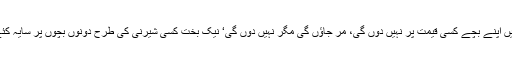
’نہیں میں اپنے بچے کسی قیمت پر نہیں دوں گی، مر جاؤں گی مگر نہیں دوں گی‘ نیک بخت کسی شیرنی کی طرح دونوں بچوں پر سایہ کئے تھی۔